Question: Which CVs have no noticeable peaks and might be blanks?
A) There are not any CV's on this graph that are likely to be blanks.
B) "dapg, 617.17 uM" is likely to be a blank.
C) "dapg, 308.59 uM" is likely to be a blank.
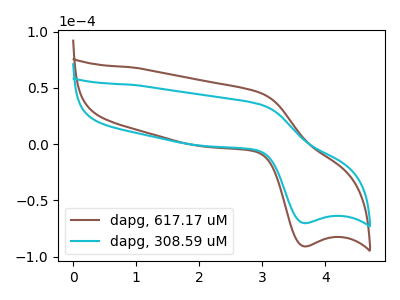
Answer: <think>The brown curve "dapg, 617.17 uM" has an anodic peak at (2.95V, 45.50uA) and a cathodic peak at (3.65V, -90.80uA). The cyan curve "dapg, 308.59 uM" has an anodic peak at (2.95V, 35.15uA) and a cathodic peak at (3.65V, -70.20uA).</think>
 <answer>A) There are not any CV's on this graph that are likely to be blanks.</answer>
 <eval>A</eval>